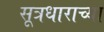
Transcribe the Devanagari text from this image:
सूत्रधाराच्या